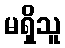
မရှိသူ